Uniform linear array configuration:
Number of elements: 32
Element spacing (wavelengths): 0.75
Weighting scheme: kaiser
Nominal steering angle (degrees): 15
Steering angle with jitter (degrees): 14.874
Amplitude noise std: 0.05
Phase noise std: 0.05

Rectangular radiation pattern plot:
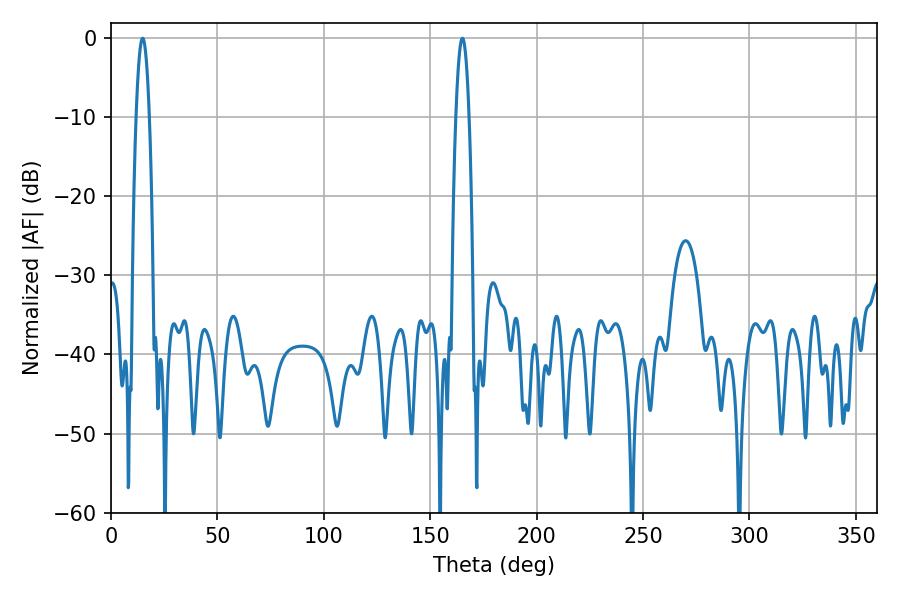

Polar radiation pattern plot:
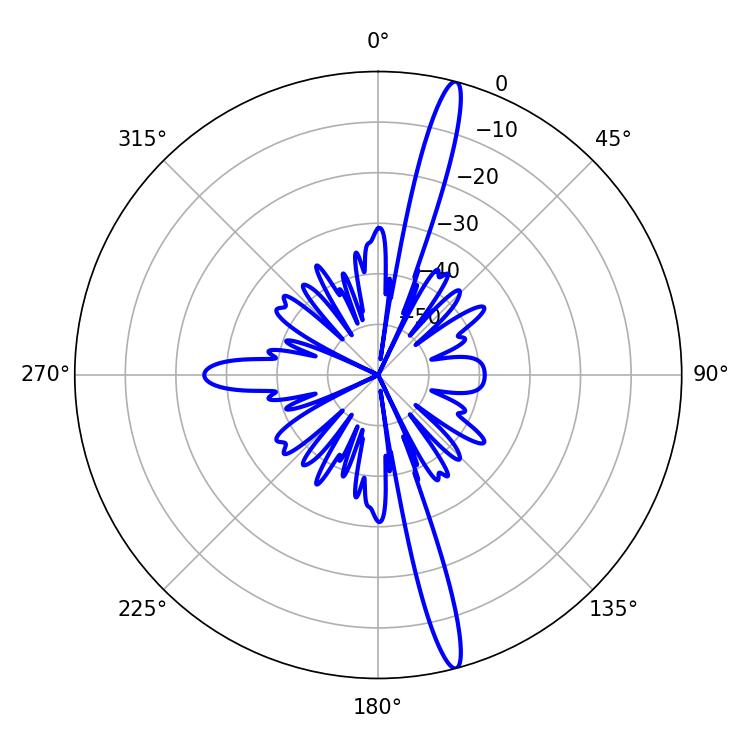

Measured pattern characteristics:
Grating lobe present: TRUE
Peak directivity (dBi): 17.833
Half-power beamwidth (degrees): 3.42
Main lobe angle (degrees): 165.06